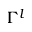
\Gamma ^ { l }